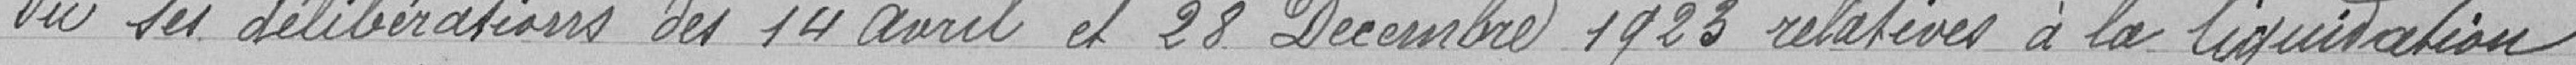
Vu ses délibérations des 14 avril et 28 Décembre 1923relatives à la liquidation